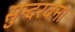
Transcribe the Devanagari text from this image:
सुन्दरवन।